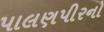
પાલણપીરનો